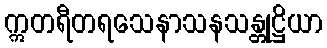
ဣတရီတရသေနာသနသန္တုဋ္ဌိယာ